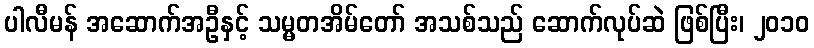
ပါလီမန် အဆောက်အဦနှင့် သမ္မတအိမ်တော် အသစ်သည် ဆောက်လုပ်ဆဲ ဖြစ်ပြီး၊ ၂၀၁၀